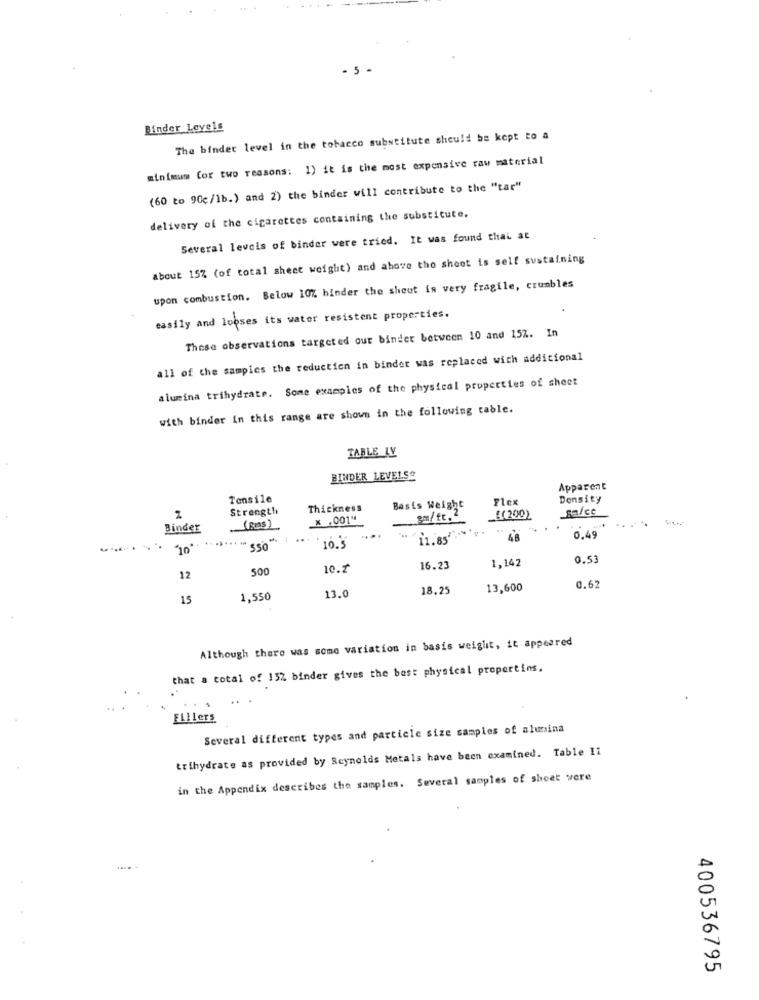
- 5 -
Binder Levels
The binder level in the tobacco substitute should be kept to a
minimum (or two reasons: 1) it is the most expensive raw material
(60 to 90c/1b.) and 2) the binder will contribute to the "tar"
delivery of the cigarettes containing the substitute.
Several levels of binder were tried. It was found that at
about 15% (of total sheet weight) and above tho sheet is self sustaining
upon combustion. Below 10% binder the sheut is very fragile, crumbles
easily and looses its water resistent properties.
These observations targeted our binder between 10 and 157. In
all of the samples the reduction in binder was replaced with additional
alumina trihydrate. Some examples of the physical properties of sheet
with binder in this range are shown in the following table.
TABLE LV
BINDER LEVELS
Apparent
Tensile
Flex
Density
Strength
Thickness
Basis Weight
galce
2
x .001"
gm/ft."
£(200)
Binder
(Ras)
11.85'
48
0.49
.. ......
10.'S
1,142
0.53
500
10.2
16.23
12
13.0
18.25
13,600
0.62
15
1,550
Although there was some variation in basis weight, it appeared
that a total of 152 binder gives the best physical properties.
Fillers
Several different types and particle size samples of alumina
trihydrate as provided by Reynolds Metals have been examined. Table 11
in the Appendix describes the samples. Several samples of sheet were
400536795